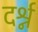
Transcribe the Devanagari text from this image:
दर्श्न